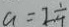
a = 2 \frac { 1 } { 4 }